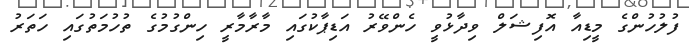
ފުލުހުންގެ މީޑިއާ އޮފިޝަލް ވިދާޅުވީ ހެންވޭރު އަޑިޕާކުގައި މާރާމާރީ ހިންގުމުގެ ތުހުމަތުގައި ހަތަރު